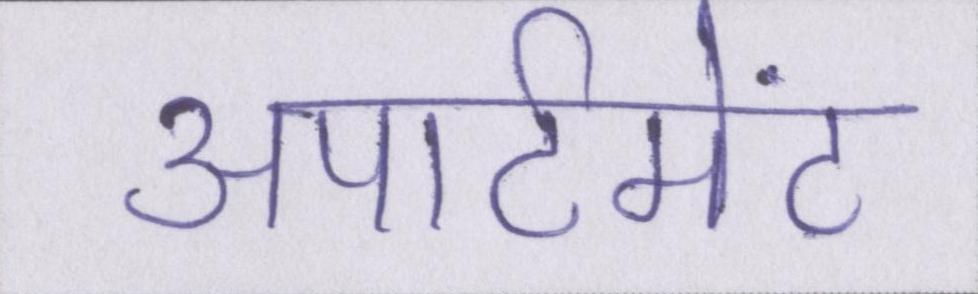
अपार्टमेंट